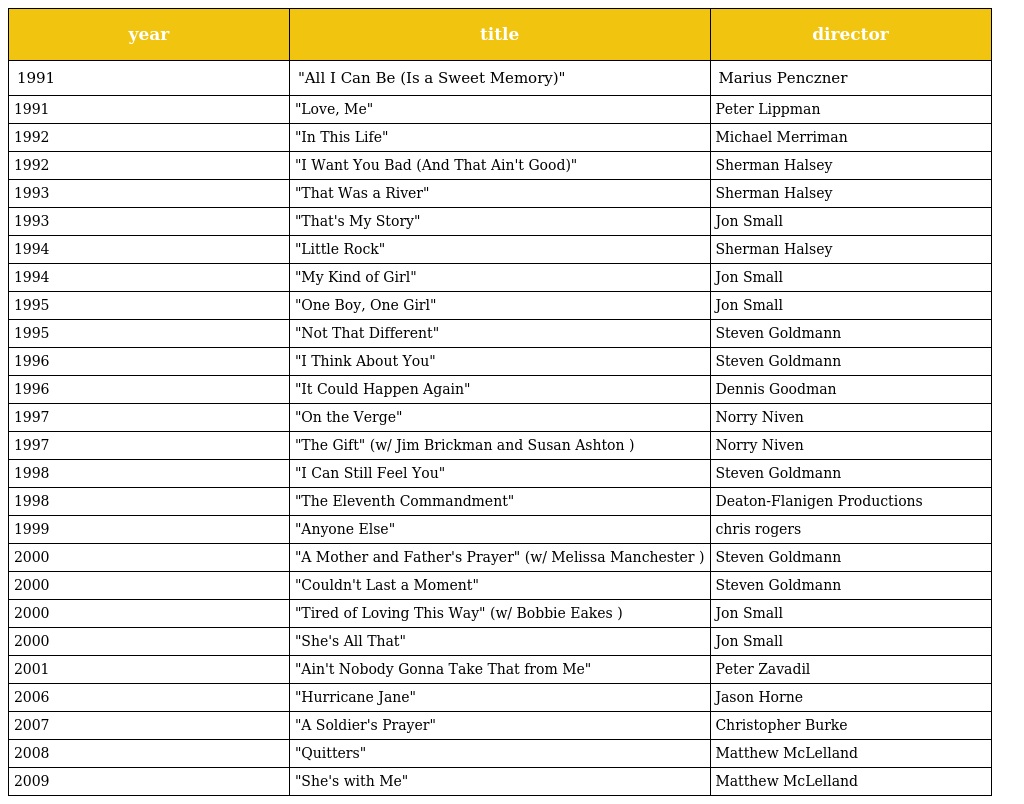
| year | title | director |
 | --- | --- | --- |
 | 1991 | "All I Can Be (Is a Sweet Memory)" | Marius Penczner |
 | 1991 | "Love, Me" | Peter Lippman |
 | 1992 | "In This Life" | Michael Merriman |
 | 1992 | "I Want You Bad (And That Ain't Good)" | Sherman Halsey |
 | 1993 | "That Was a River" | Sherman Halsey |
 | 1993 | "That's My Story" | Jon Small |
 | 1994 | "Little Rock" | Sherman Halsey |
 | 1994 | "My Kind of Girl" | Jon Small |
 | 1995 | "One Boy, One Girl" | Jon Small |
 | 1995 | "Not That Different" | Steven Goldmann |
 | 1996 | "I Think About You" | Steven Goldmann |
 | 1996 | "It Could Happen Again" | Dennis Goodman |
 | 1997 | "On the Verge" | Norry Niven |
 | 1997 | "The Gift" (w/ Jim Brickman and Susan Ashton ) | Norry Niven |
 | 1998 | "I Can Still Feel You" | Steven Goldmann |
 | 1998 | "The Eleventh Commandment" | Deaton-Flanigen Productions |
 | 1999 | "Anyone Else" | chris rogers |
 | 2000 | "A Mother and Father's Prayer" (w/ Melissa Manchester ) | Steven Goldmann |
 | 2000 | "Couldn't Last a Moment" | Steven Goldmann |
 | 2000 | "Tired of Loving This Way" (w/ Bobbie Eakes ) | Jon Small |
 | 2000 | "She's All That" | Jon Small |
 | 2001 | "Ain't Nobody Gonna Take That from Me" | Peter Zavadil |
 | 2006 | "Hurricane Jane" | Jason Horne |
 | 2007 | "A Soldier's Prayer" | Christopher Burke |
 | 2008 | "Quitters" | Matthew McLelland |
 | 2009 | "She's with Me" | Matthew McLelland |